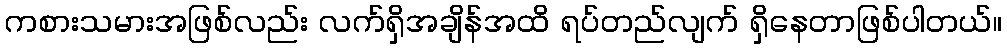
ကစားသမားအဖြစ်လည်း လက်ရှိအချိန်အထိ ရပ်တည်လျက် ရှိနေတာဖြစ်ပါတယ်။